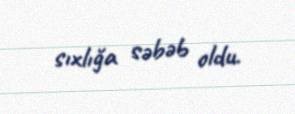
sıxlığa səbəb oldu.